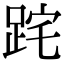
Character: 𨀸